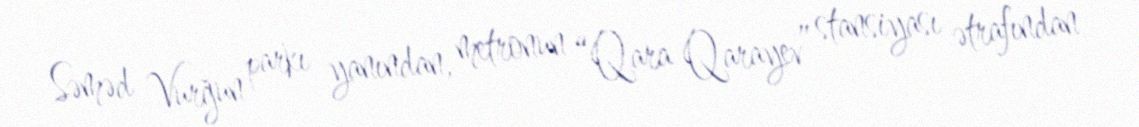
Səməd Vurğun parkı yanından, metronun “Qara Qarayev” stansiyası ətrafından